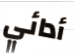
أدائي